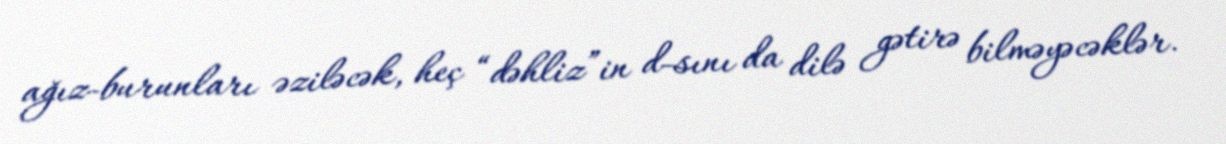
ağız-burunları əziləcək, heç “dəhliz”in d-sını da dilə gətirə bilməyəcəklər.